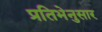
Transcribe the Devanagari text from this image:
प्रतिभेनुसार